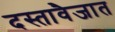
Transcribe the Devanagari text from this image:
दस्तावैजात